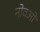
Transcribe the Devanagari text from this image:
नोवओं